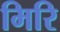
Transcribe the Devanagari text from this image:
मिरि